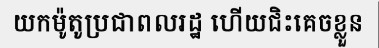
យកម៉ូតូប្រជាពលរដ្ឋ ហើយជិះគេចខ្លួន